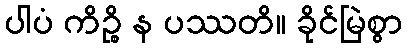
ပါပံ ကိဉ္စိ န ပဿတိ။ ခိုင်မြဲစွာ